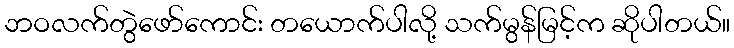
ဘဝလက်တွဲဖော်ကောင်း တယောက်ပါလို့ သက်မွန်မြင့်က ဆိုပါတယ်။